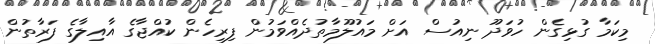
މިކަމާ ގުޅިގެން ހުވަދޫ ނިއުސް އަށް މައުލޫމާތުދެއްވަމުން ފިރިހެން ކުއްޖާގެ އާއިލާގެ ފަރާތުން